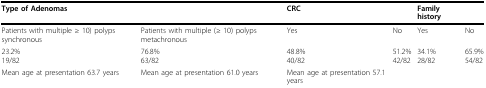
<table><thead><tr><td><b>Type of Adenomas</b></td><td></td><td><b>CRC</b></td><td></td><td><b>Family history</b></td><td></td></tr></thead><tbody><tr><td>Patients with multiple ≥ 10) polyps synchronous</td><td>Patients with multiple (≥ 10) polyps metachronous</td><td>Yes</td><td>No</td><td>Yes</td><td>No</td></tr><tr><td>23.2%19/82</td><td>76.8%63/82</td><td>48.8%40/82</td><td>51.2%42/82</td><td>34.1%28/82</td><td>65.9%54/82</td></tr><tr><td>Mean age at presentation 63.7 years</td><td>Mean age at presentation 61.0 years</td><td>Mean age at presentation 57.1 years</td><td></td><td></td><td></td></tr></tbody></table>